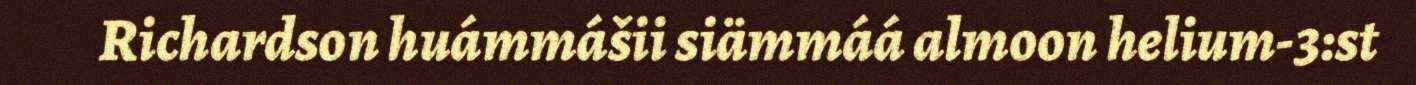
Richardson huámmášii siämmáá almoon helium-3:st